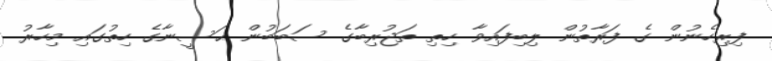
ފިރިހެނުން ގެ ފަރާތުން ލިބިފައިވާ ހިތި ތަޖުރިބާގެ ސަބަބުން ޙަސީނާގެ ހިތުގައި މިހާރު